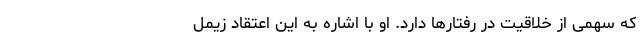
که سهمی از خلاقیت در رفتارها دارد. او با اشاره به این اعتقاد زیمل